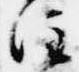
注